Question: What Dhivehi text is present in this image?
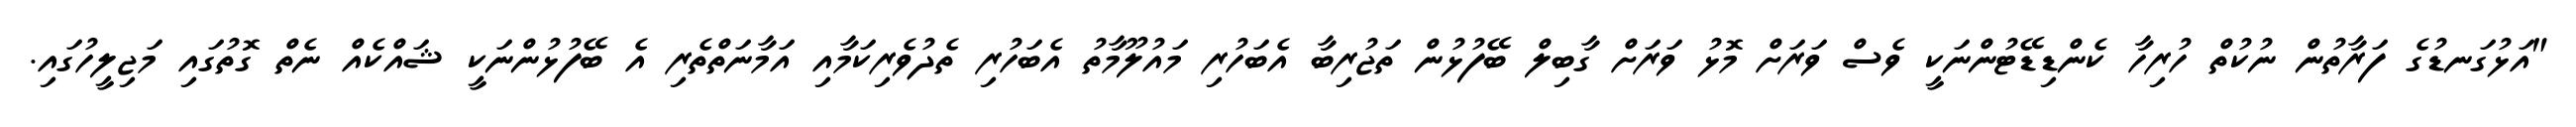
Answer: "އަޅުގަނޑުގެ ފަރާތުން ނުކުތް ހުރިހާ ކެންޑިޑޭޓުންނަކީ ވެސް ވަރަށް މޮޅު ވަރަށް ގާބިލް ބޭފުޅުން ތަޖުރިބާ އެބަހުރި މައުލޫމާތު އެބަހުރި ތެދުވެރިކަމާއި އަމާނަތްތެރި އެ ބޭފުޅުންނަކީ ޝައްކެއް ނެތް ގޮތުގައި މަޖިލީހުގައި.